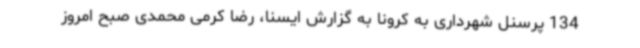
134 پرسنل شهرداری به کرونا به گزارش ایسنا، رضا کرمی محمدی صبح امروز